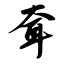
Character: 耷